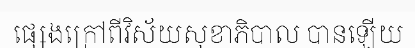
ផ្សេងក្រៅពីវិស័យសុខាភិបាល បានឡើយ